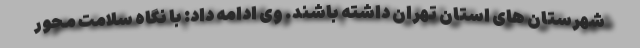
شهرستان های استان تهران داشته باشند. وی ادامه داد: با نگاه سلامت محور